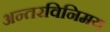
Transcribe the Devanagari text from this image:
अन्तरविनिमय